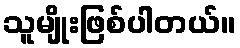
သူမျိုးဖြစ်ပါတယ်။